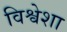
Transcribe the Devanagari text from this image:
विश्वेशा